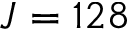
J = 1 2 8